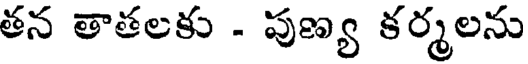
తన తాతలకు - పుణ్య కర్మలను